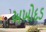
અખોદડ